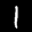
Label: 1